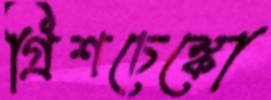
গ্রিশচেঙ্কো